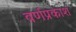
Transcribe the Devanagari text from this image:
वर्णप्रकाश